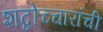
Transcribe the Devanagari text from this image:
शब्दोच्चारांची